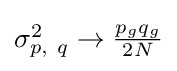
{\textstyle \sigma _{p,\ q}^{2}\to {\tfrac {p_{g}q_{g}}{2N}}}